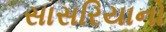
સાસરિયાનો